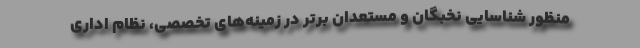
منظور شناسایی نخبگان و مستعدان برتر در زمینه‌های تخصصی، نظام اداری